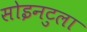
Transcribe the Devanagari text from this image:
सोइनटुला